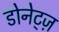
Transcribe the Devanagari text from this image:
डोनेट्ज़